Vaccination United Provinces of Agra and Oudh 1914-1922 - 1914-1922
Year: 1914
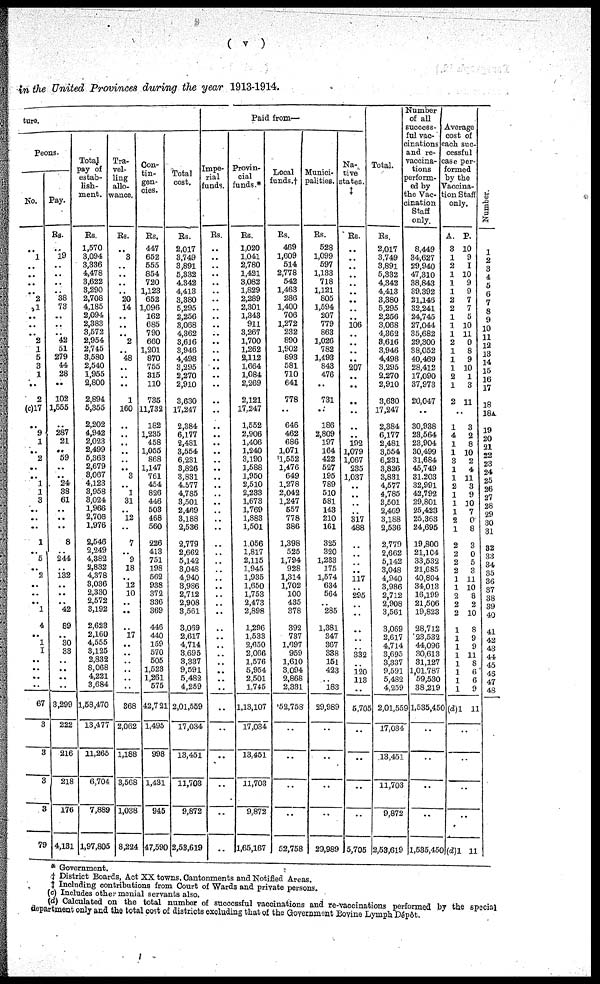
( v )
in the United Provinces during the year 1913-1914.
ture.
Peons.
No.
1
..
..
..
..
2
1
..
..
..
2
1
5
3
1
..
2
(c)17
..
9
1
..
2
..
..
1
1
3
..
.. ..
1
..
5
..
2
..
..
..
1
4
..
1
1
..
..
..
..
67
3
3
3
3
79
Pay.
Re.
19
..
..
..
..
38
73
..
..
..
42
51
279
44
28
..
102
1,555
..
287
21
..
59
..
..
24
38
61
..
..
..
8
..
244
132
..
..
..
42
89
..
30
33
..
..
..
..
3,299
222
216
218
176
4,131
Total
pay of
estab-
lish-
ment.
Rs.
1,570
3,094
3,836
4,478
3,622
3,290
2,708
4,185
2,094
2,383
3,572
2,954
2,745
2,580
2,540
1,955
2,800
2,894
5,355
2,202
4,942
2,023
2,499
5,363
2,679
8,067
4,123
3,958
3,024
1,966
2,708
1,976
2,546
2,249
4,382
2,832
4,378
3,036
2,330
2,572
3,192
2,623
2,160
4,555
3,125
2,832
8,068
4,221
3,684
1,58,470
13,477
11,265
6,704
7,889
1,97,805
Tra-
vel-
ling
allo-
-ance.
Rs.
..
3
..
..
..
..
20
14
..
..
..
2
..
48
..
..
..
1
160
..
..
..
..
..
..
3
..
1
31
..
12
..
7
..
9
18
..
12
10
..
..
..
17
..
..
..
..
..
..
868
2,062
1,188
3,568
1,038
8,224
Con-
tin-
gen-
cies.
Rs.
447
652
555
854
720
1,123
652
1,096
162
685
790
660
1,201
870
755
315
110
735
11,732
182
1,235
458
1,055
868
1,147
761
454
826
446
503
468
560
226
413
751
198
562
938
372
336
369
446
440
159
570
505
1,523
1,261
575
42,721
1,495
998
1,431
9455
47,590
Total
cost.
Rs.
2,017
3,749
3,891
5,832
4,342
4,413
3,380
5,295
2,256
8,068
4,362
3,616
3,946
4,498
3,295
2,270
2,910
3,630
17,247
2,384
6,177
2,481
3,554
6,231
3,826
3,831
4,577
4,785
3,501
2,469
3,188
2,536
2,779
2,662
5,142
8,048
4,940
8,986
2,712
2,908
3,561
3,059
2,617
4,714
3,695
8,337
9,591
5,482
4,259
2,01,559
17,034
13,451
11,703
9,872
2,53,619
Paid from—
Impe-
rial
funds.
Rs.
..
..
..
..
..
..
..
..
..
..
..
..
..
..
..
..
..
..
..
..
..
..
..
..
..
..
..
..
..
..
.. ..
..
..
..
..
..
..
..
..
..
..
..
..
..
..
..
..
..
..
..
..
..
..
..
Provin-
cial
funds.*
Rs.
1,020
1,041
2,780
1,421
3,082
1,829
2,289
2,301
1,343
911
3,267
1,700
1,262
2,112
1,664
1,084
2,269
2,121
17,247
1,552
2,906
1,406
1,240
3,190
1,588
1,950
2,510
2,233
1,673
1,769
1,883
1,501
1,056
1,817
2,115
1,945
1,935
1,650
1,753
2,473
2,898
1,296
1,533
2,650
2,066
1,576
5,954
2,501
1,745
1,13,107
17,034
13,451
11,703
9,872
1,65,167
Local
funds.†
Rs.
469
1,609
514
2,778
542
1,463
286
1,400
706
1,272
232
890
1,902
893
581
710
641
778
..
646
462
686
1,071
1,552
1,476
649
1,278
2,042
1,247
557
778
386
1,398
525
1,794
928
1,314
1,702
100
435
378
392
737
1,697
959
1,610
3,094
2,868
2,381
52,758
..
..
..
..
52,758
Munici-
palities.
Rs.
528
1,099
597
1,133
718
1,121
805
1,594
207
779
863
1,026
782
1,493
843
476
..
731
..
186
2,809
197
164
422
527
195
789
510
581
143
210
161
325
320
1,233
175
1,574
634
564
..
285
1,381
347
367
338
151
423
..
183
29,989
..
..
..
..
29,989
Na-
tive
states.
‡
Rs.
..
..
..
..
..
..
..
..
..
106
..
..
..
..
207
..
..
..
..
..
..
192
1,079
1,067
235
1,037
..
..
..
..
317
488
..
..
..
..
117
..
295
..
..
..
..
..
332
..
120
113
..
5,705
..
..
..
..
5,705
Total.
Rs.
2,017
3,749
3,891
5,332
4,342
4,413
3,380
5,295
2,256
3,068
4,362
8,616
3,946
4,498
3,295
2,270
2,910
3,630
17,247
2,384
6,177
2,481
3,554
6,231
3,826
3,831
4,577
4,785
3,501
2,469
3,188
2,536
2,770
2,662
5,142
3,048
4,940
3,986
2,712
2,908
3,561
3,069
2,617
4,714
3,695
3,337
9,591
5,482
4,259
2,01,559
17,034
13,451
11,703
9,872
2,53,619
Number
of all
success-
ful vac-
cinations
and re-
vaccina-
tions
perform-
ed by
the Vac-
cination
Staff
only.
8,449
34,627
29,940
47,310
38,843
39,392
21,146
32,241
24,745
27,044
35,682
29,300
38,052
40,469
28,412
17,090
37,973
20,047
..
30,938
23,564
23,904
30,499
31,684
45,749
31,203
32,991
42,792
29,801
25,423
25,363
24,695
19,800
21,104
33,532
21,685
40,804
34,013
16,199
21,506
19,823
28,712
23,532
44,096
30,613
31,127
1,01,787
59,530
38,219
1,535,450
..
..
..
..
1,535,450
Average
cost of
each suc-
cessful
case per-
formed
by the
Vaccina-
tion Staff
only.
A.
3
1
2
1
1
1
2
2
1
1
1
2
1
1
1
2
1
2
P.
10
9
1
10
9
9
7
7
5
10
11
0
8
9
10
1
3
11
..
1
4
1
1
3
1
1
2
1
1
1
2
1
2
2
2
2
1
1
2
2
2
1
1
1
1
1
1
1
1
(d) 1
3
2
8
10
2
4
11
3
9
10
7
0
8
3
0
5
3
11
10
8
2
10
8
9
9
11
8
6
6
9
11
..
..
..
..
(d)1 11
Number.
1
2
3
4
5
6
7
8
9
10
11
12
13
14
15
16
17
18
18A
19
20
21
22
23
24
25
26
27
28
29
30
31
32
33
34
35
36
37
38
39
40
41
42
43
44
45
46
47
48
* Government.
† District Boards, Act XX towns, Cantonments and Notified Areas.
‡ Including contributions from Court of Wards and private persons.
(c) Includes other menial servants also.
(d) Calculated on the total number of successful vaccinations and re-vaccinations performed by the special
department only and the total cost of districts excluding that of the Government Bovine Lymph Dépôt.